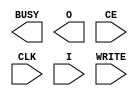
module ICAP_SPARTAN6(
	output BUSY,
	output [15:0] O,
	input CE,
	input CLK,
	input [15:0] I,
	input WRITE
);

always @(posedge CLK)
	if(~CE & ~WRITE)
		$display("ICAP receiving: %x", I);

endmodule